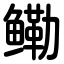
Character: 鳓